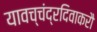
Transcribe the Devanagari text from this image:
यावच्चंद्रदिवाकरौ